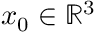
x _ { 0 } \in \mathbb { R } ^ { 3 }